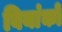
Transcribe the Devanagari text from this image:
बियांको